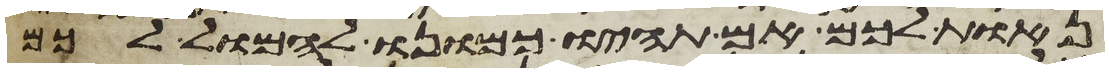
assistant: נאות לכם אם תהיו כמונו להמול לכם